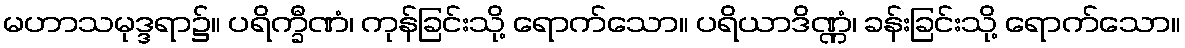
မဟာသမုဒ္ဒရာ၌။ ပရိက္ခီဏံ၊ ကုန်ခြင်းသို့ ရောက်သော။ ပရိယာဒိဏ္ဏံ၊ ခန်းခြင်းသို့ ရောက်သော။